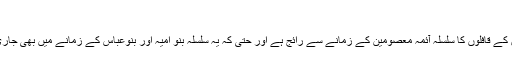
[21]
قاضی طباطبائی لکھتے ہیں کہ مختلف علاقوں سے کربلا کی طرف پائے پیادہ جانے والے والے زائرین کے قافلوں کا سلسلہ آئمہ معصومین کے زمانے سے رائج ہے اور حتی کہ یہ سلسلہ بنو امیہ اور بنوعباس کے زمانے میں بھی جاری رہا اور تمام تر سختیوں اور خطروں کے باوجود شیعیان اہل بیت پابندی کے ساتھ شرکت کرتے تھے۔